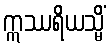
ဣဿရိယသ္မိံ